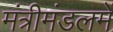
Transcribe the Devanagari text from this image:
मंत्रीमंडलमें